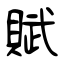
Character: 賦